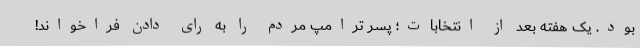
بود. یک هفته بعد از انتخابات؛ پسر ترامپ مردم را به رای دادن فراخواند!